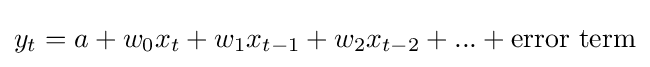
y_{t}=a+w_{0}x_{t}+w_{1}x_{t-1}+w_{2}x_{t-2}+...+{\text{error term}}